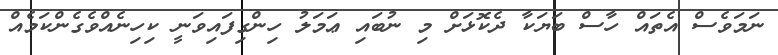
ނަމަވެސް އެތައް ހާސް ބަޔަކާ ދެކޮޅަށް މި ނުބައި ޢަމަލު ހިންގިފައިވަނީ ކިހިނެއްވެގެންކަމެއް